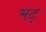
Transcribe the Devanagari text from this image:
भट्